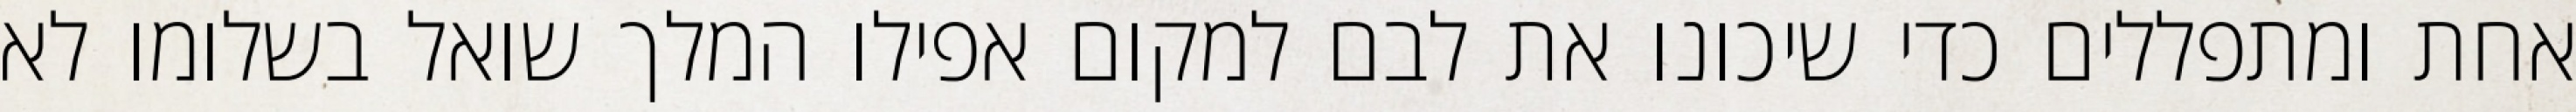
אחת ומתפללים כדי שיכונו את לבם למקום אפילו המלך שואל בשלומו לא